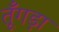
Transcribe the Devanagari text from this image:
तूँगड़ा